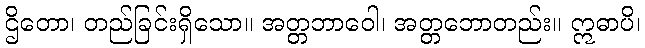
ဌိတော၊ တည်ခြင်းရှိသော။ အတ္တဘာဝေါ၊ အတ္တဘောတည်း။ ဣဓာပိ၊